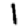
Digit: 1